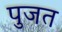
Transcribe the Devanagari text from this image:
पुजत